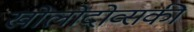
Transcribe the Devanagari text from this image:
खोलोदोव्सकी